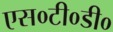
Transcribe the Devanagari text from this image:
एस०टी०डी०